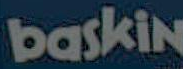
baskin